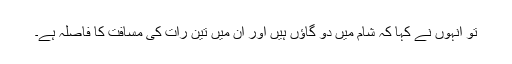
تو انہوں نے کہا کہ شام میں دو گاؤں ہیں اور ان میں تین رات کی مسافت کا فاصلہ ہے۔